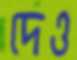
দেও